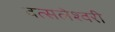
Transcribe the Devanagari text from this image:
वत्सलेश्वरी